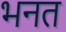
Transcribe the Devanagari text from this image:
भनत